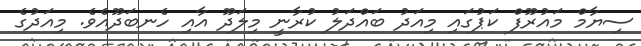
ސިޔާމް މައުރޫފް ކަޕުގައި މިއަދު ބައްދަލު ކުރާނީ މިލަދޫ އާއި ހެނބަދޫއެވެ. މިއަދުގެ